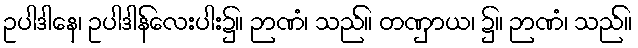
ဥပါဒါနေ၊ ဥပါဒါန်လေးပါး၌။ ဉာဏံ၊ သည်။ တဏှာယ၊ ၌။ ဉာဏံ၊ သည်။